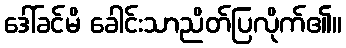
ဒေါ်ခင်မိ ခေါင်းသာညိတ်ပြလိုက်၏။